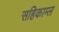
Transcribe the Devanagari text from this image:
सहिकाम्ल